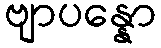
ဗျာပန္နော